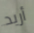
أريد